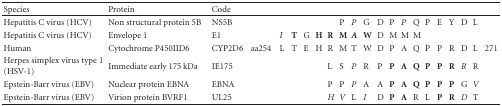
| Species | Protein | Code |  |  |  |  |  |  |  |  |  |  |  |  |  |  |  |  |  |  |  |
 | --- | --- | --- | --- | --- | --- | --- | --- | --- | --- | --- | --- | --- | --- | --- | --- | --- | --- | --- | --- | --- | --- |
 | Hepatitis C virus (HCV) | Non structural protein 5B | NS5B |  |  |  |  |  |  | P | P | G | D | P | P | Q | P | E | Y | D | L |  |
 | Hepatitis C virus (HCV) | Envelope 1 | E1 |  | I | T | G | H | R | M | A | W | D | M | M | M |  |  |  |  |  |  |
 | Human | Cytochrome P450IID6 | CYP2D6 | aa254 | L | T | E | H | R | M | T | W | D | P | A | Q | P | P | R | D | L | 271 |
 | Herpes simplex virus type 1 (HSV-1) | Immediate early 175 kDa | IE175 |  |  |  |  |  | L | S | P | R | P | P | A | Q | P | P | R | R | R |  |
 | Epstein-Barr virus (EBV) | Nuclear protein EBNA | EBNA |  |  |  |  |  | P | P | P | A | A | P | A | Q | P | P | P | G | V |  |
 | Epstein-Barr virus (EBV) | Virion protein BVRF1 | UL25 |  |  |  |  |  | H | V | L | I | D | P | A | R | L | P | R | D | T |  |